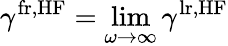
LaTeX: \gamma^{\mathrm{fr,HF}}=\operatorname*{lim}_{\omega\to\infty}\gamma^{\mathrm{lr,HF}}